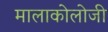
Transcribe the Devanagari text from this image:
मालाकोलोजी